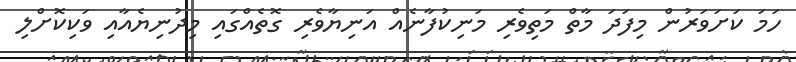
ހަމަ ކަށަވަރުން މިފަދަ މާތް މަތިވެރި މަނިކުފާނެއް އަނިޔާވެރި ގޮތެއްގައި މިދުނިޔެއާއި ވަކިކޮށްލި